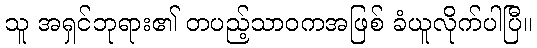
သူ အရှင်ဘုရား၏ တပည့်သာဝကအဖြစ် ခံယူလိုက်ပါပြီ။